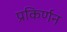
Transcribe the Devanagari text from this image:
प्रकिर्णन